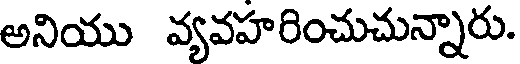
అనియు వ్యవహరించుచున్నారు.